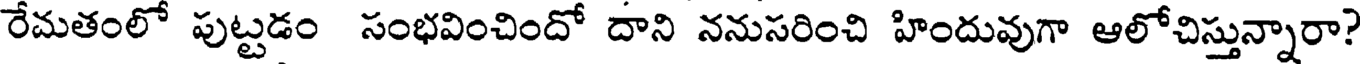
రేమతంలో పుట్టడం సంభవించిందో దాని ననుసరించి హిందువుగా ఆలోచిస్తున్నారా?